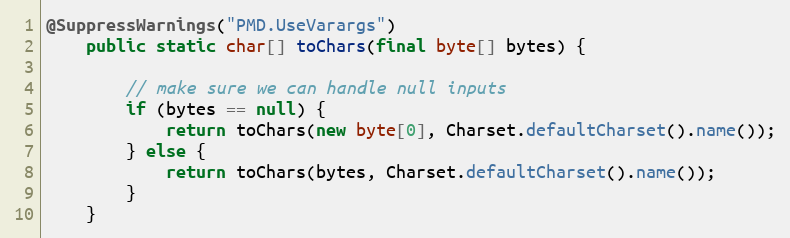
Language: Java
@SuppressWarnings("PMD.UseVarargs")
    public static char[] toChars(final byte[] bytes) {

        // make sure we can handle null inputs
        if (bytes == null) {
            return toChars(new byte[0], Charset.defaultCharset().name());
        } else {
            return toChars(bytes, Charset.defaultCharset().name());
        }
    }